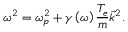
\omega ^ { 2 } = \omega _ { p } ^ { 2 } + \gamma \left( \omega \right) { \frac { T _ { e } } { m } } { \vec { k } } ^ { 2 } .